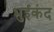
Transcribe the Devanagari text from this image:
भुईकंद